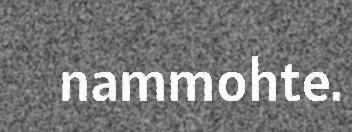
nammohte.